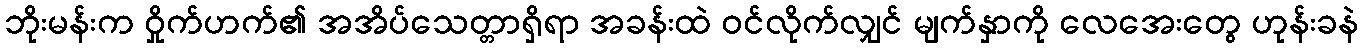
ဘိုးမန်းက ဝှိုက်ဟက်၏ အအိပ်သေတ္တာရှိရာ အခန်းထဲ ဝင်လိုက်လျှင် မျက်နှာကို လေအေးတွေ ဟုန်းခနဲ